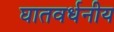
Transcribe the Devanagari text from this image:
घातवर्धनीय